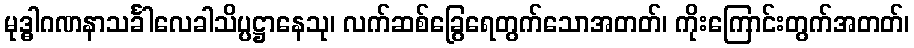
မုဒ္ဓါဂဏနာသင်္ခါလေခါသိပ္ပဋ္ဌာနေသု၊ လက်ဆစ်ခြွေရေတွက်သောအတတ်၊ ကိုးကြောင်းတွက်အတတ်၊